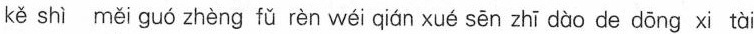
kě shì měi guó zhèng fū rèn w i qion xué sén zhǐ còc ce ccng xi tài